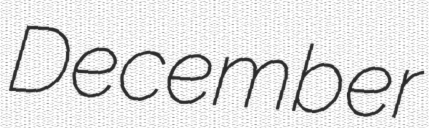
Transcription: December